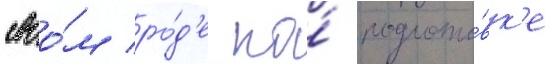
своо́м ро́д'е по́ подгото́вк'е